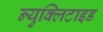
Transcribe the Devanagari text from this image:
न्युक्लिटाइड